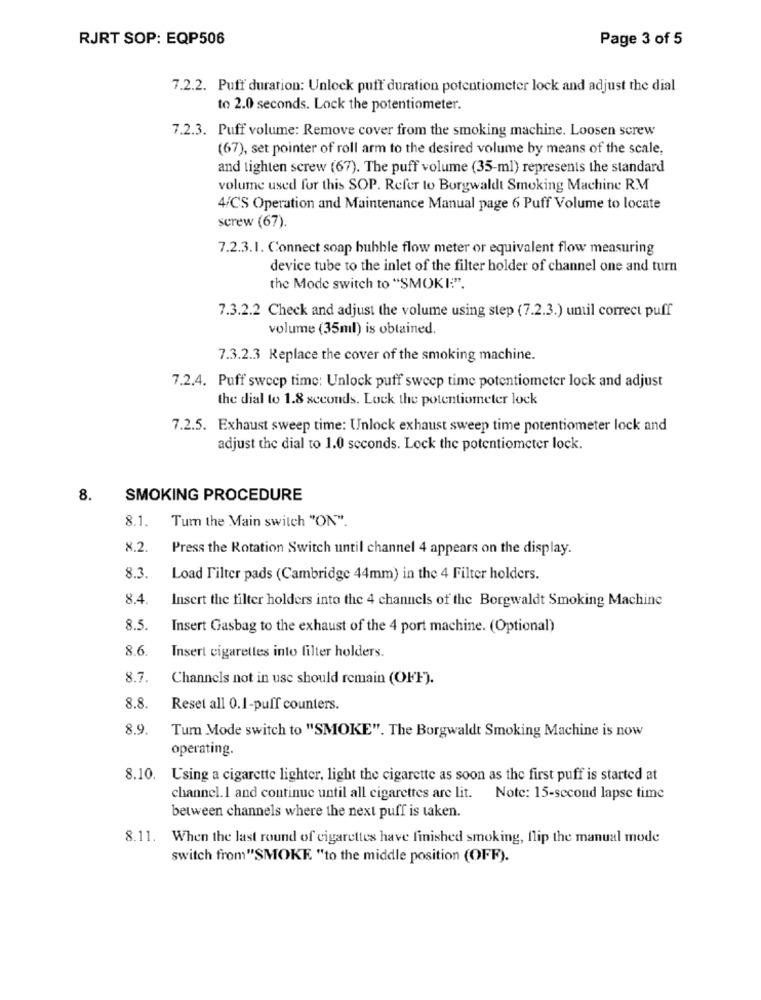
RJRT SOP: EQP506
Page 3 of 5
7.2.2. Puff duration: Unlock puff duration potentiometer lock and adjust the dial
to 2.0 seconds. Lock the potentiometer.
7.2.3. Puff volume: Remove cover from the smoking machine. Loosen screw
(67), set pointer of roll arm to the desired volume by means of the scale,
and tighten screw (67). The puff volume (35-ml) represents the standard
volume used for this SOP. Refer to Borgwaldt Smoking Machine RM
4/C'S Operation and Maintenance Manual page 6 Puff Volume to locate
screw (67).
7.2.3.1. Connect soap bubble flow meter or equivalent flow measuring
device tube to the inlet of the filter holder of channel one and turn
the Mode switch to "SMOKI:".
7.3.2.2 Check and adjust the volume using step (7.2.3.) until correct puff
volume (35ml) is obtained.
7.3.2.3 Replace the cover of the smoking machine.
7.2.4. Puff sweep time: Unlock puff sweep time potentiometer lock and adjust
the dial to 1.8 seconds. Lock the potentiometer lock
7.2.5. Exhaust sweep time: Unlock exhaust sweep time potentiometer lock and
adjust the dial to 1.0 seconds. Lock the potentiometer lock.
8.
SMOKING PROCEDURE
8.1.
Turn the Main switch "ON".
8.2.
Press the Rotation Switch until channel 4 appears on the display.
83
Load Filter pads (Cambridge 44mm) in the 4 Filter holders.
8.4.
Insert the filter holders into the 4 channels of the Borgwaldt Smoking Machine
8.5.
Insert Gasbag to the exhaust of the 4 port machine. (Optional)
8.6
Insert cigarettes into filter holders.
8.7.
Channels not in use should remain (OFF).
8.8.
Reset all 0.1-puff counters.
8.9.
Turn Mode switch to "SMOKE". The Borgwaldt Smoking Machine is now
operating.
8.10. Using a cigarette lighter, light the cigarette as soon as the first puff is started at
channel. 1 and continue until all cigarettes are lit. Note: 15-second lapse time
between channels where the next puff is taken.
8.11. When the last round of cigarettes have finished smoking, flip the manual mode
switch from"SMOKE "to the middle position (OFF).